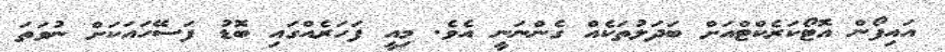
އައިފޯން އޮޓޯކަރެކްޓްއަށް ބަދަލުތަކެއް ގެންނަނީ އެވެ. މިއީ ފަހަރެއްގައި ބޮޑު ފަސޭހައަކަށް ނުވަތަ